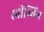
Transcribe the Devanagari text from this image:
स्वीम्मिंग